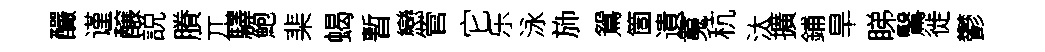
釅谨醸説賸兀驛鮑棐蝎暫戀管它乐泳斾鴛箇遺䰟秔汰擴鋪旱睇鷖徙鬱